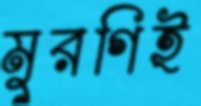
মুরগিই